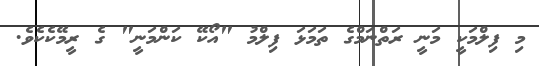
މި ފިލްމަކީ މަނީ ރަތްނަމްގެ ތަމަޅަ ފިލްމު "އޯކޭ ކަންމަނީ" ގެ ރީމޭކެކެވެ.